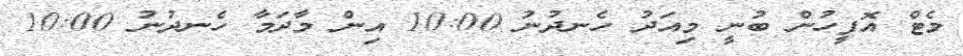
މެޓް އޮފީހުން ބުނީ މިއަދު ހެނދުނު 10:00 އިންް މާދަމާ ހެނދުނު 10:00